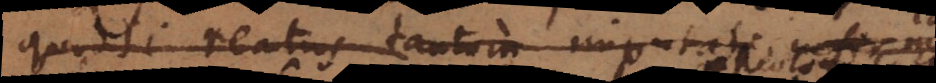
quodsi reatus tantum imputati infirmitas